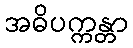
အဓိပက္ကန္တာ